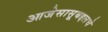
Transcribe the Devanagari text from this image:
आजेसासूबद्दलचे